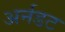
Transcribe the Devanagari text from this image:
अर्नडट